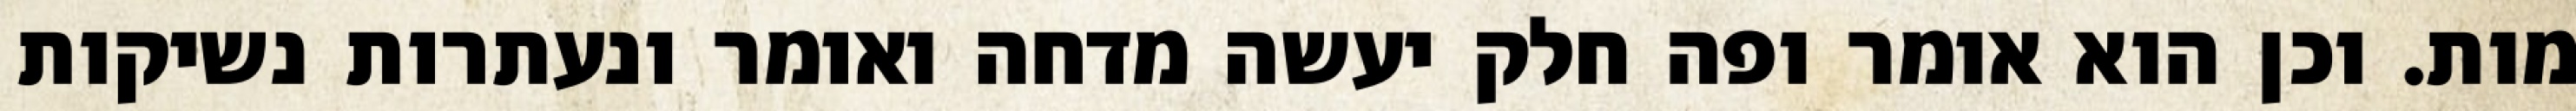
מות. וכן הוא אומר ופה חלק יעשה מדחה ואומר ונעתרות נשיקות